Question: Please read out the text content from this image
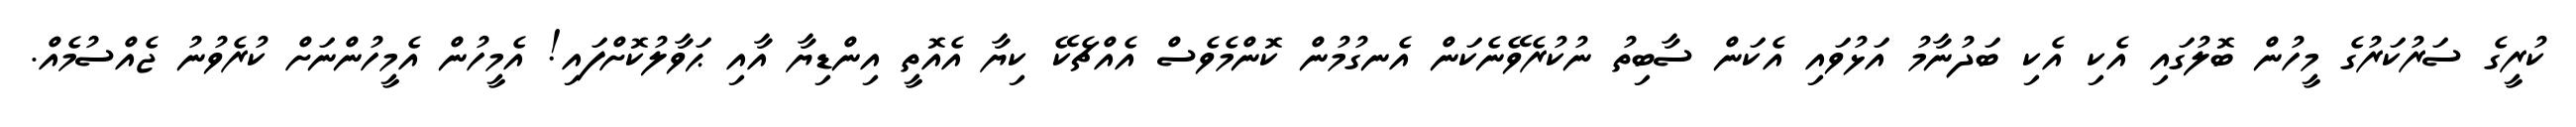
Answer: ކުރީގެ ސަރުކަރުގެ މީހުން ބޮލުގައި އެކި އެކި ބަދުނާމު އަޅުވައި އެކަން ސާބިތު ނުކުރެވޭނެކަން އެނގުމުން ކޮންމެވެސް އެއްޗެކޭ ކިޔާ އެއޮތީ އިންޑިޔާ އާއި ޙަވާލުކޮށްފައި! އެމީހުން އެމީހުންނަށް ކުރެވުނު ޖެއްސުމެއް.